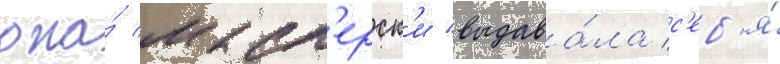
она́ маст'ерск'и выдава́ла с'еб'я́